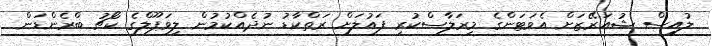
ލުއިސް ޝުއަރޭޒަށް އެވަޓަންގެ މިރަލާސްކުރި ފައުލަށް ރަތްކާޑު ނުދެއްކުމުން ލިވަޕޫލްގެ ކޯޗު ބްރެންޑަން